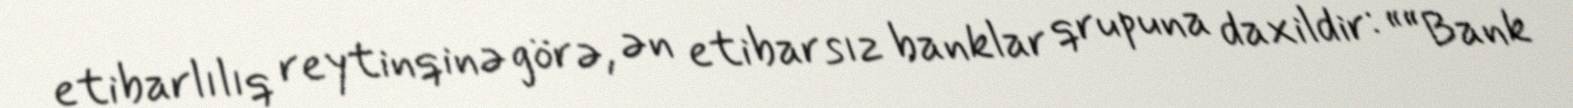
etibarlılıq reytinqinə görə, ən etibarsız banklar qrupuna daxildir: ““Bank